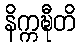
နိက္ကဍ္ဎီတိ